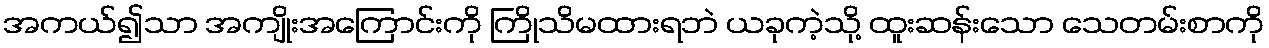
အကယ်၍သာ အကျိုးအကြောင်းကို ကြိုသိမထားရဘဲ ယခုကဲ့သို့ ထူးဆန်းသော သေတမ်းစာကို